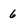
Character: 6